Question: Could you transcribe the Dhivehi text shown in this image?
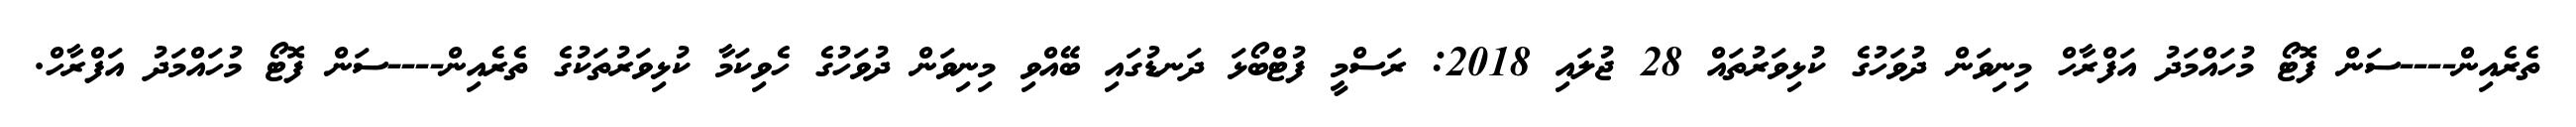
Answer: ތެރެއިން----ސަން ފޮޓޯ މުހައްމަދު އަފްރާހް މިނިވަން ދުވަހުގެ ކުޅިވަރުތައް 28 ޖުލައި 2018: ރަސްމީ ފުޓްބޯޅަ ދަނޑުގައި ބޭއްވި މިނިވަން ދުވަހުގެ ހެވިކަމާ ކުޅިވަރުތަކުގެ ތެރެއިން----ސަން ފޮޓޯ މުހައްމަދު އަފްރާހް.